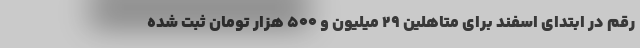
رقم در ابتدای اسفند برای متاهلین ۲۹ میلیون و ۵۰۰ هزار تومان ثبت شده